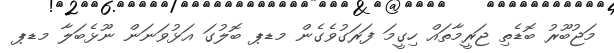
މަޖުބޫރު ބޮޑެތި ޖަރީމާތައް ހިގީމަ ފަރަގުވެގެން މޑޕ ބޮލުގަ އަޅުވަނަން ނޫޅެބަލާ މޑޕ